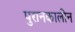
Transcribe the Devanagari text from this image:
पुरानकालीन